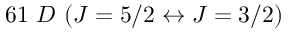
6 1 ~ D ~ ( { J = 5 / 2 } \leftrightarrow { J = 3 / 2 } )